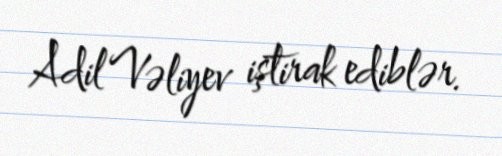
Adil Vəliyev iştirak ediblər.